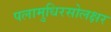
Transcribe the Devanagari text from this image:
पलामुधिरसोलक्षर